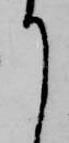
て